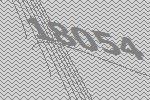
18054